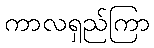
ကာလရှည်ကြာ